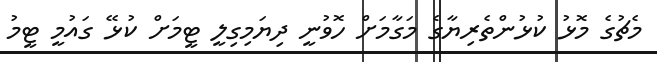
މެޗުގެ މޮޅު ކުޅުންތެރިޔާގެ މަގާމަށް ހޮވުނީ ދިޔަމިގިލީ ޓީމަށް ކުޅޭ ގައުމީ ޓީމު